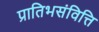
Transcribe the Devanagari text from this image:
प्रातिभसंवित्ति